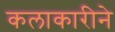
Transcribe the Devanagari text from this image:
कलाकारीने